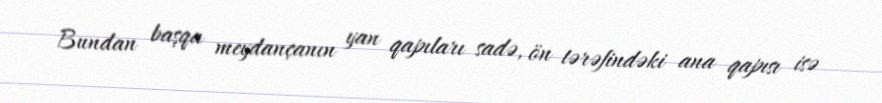
Bundan başqa meydançanın yan qapıları sadə, ön tərəfindəki ana qapısı isə